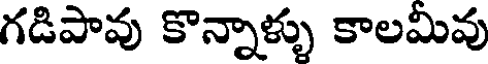
గడిపావు కొన్నాళ్ళు కాలమివు